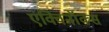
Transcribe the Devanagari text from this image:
एक्विनॉक्स